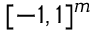
[ - 1 , 1 ] ^ { m }